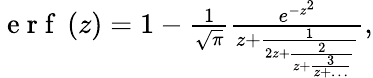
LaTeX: \begin{array}{r}{\mathrm{~e~r~f~}\left(z\right)=1-\frac{1}{\sqrt{\pi}}\frac{e^{-z^{2}}}{z+\frac{1}{2z+\frac{2}{z+\frac{3}{z+\dots}}}},}\end{array}